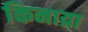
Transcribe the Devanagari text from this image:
किनाय्रा